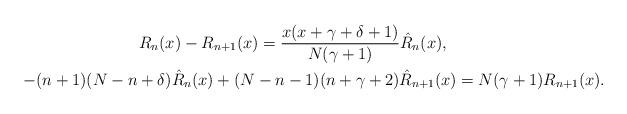
LaTeX: \begin{gather*} R_{n}(x)- R_{n+1}(x) = \frac{x(x+\gamma+\delta+1)}{N(\gamma+1)} \hat R_{n}(x), \\ -(n+1)(N-n+\delta) \hat R_{n}(x)+(N-n-1)(n+\gamma+2) \hat R_{n+1}(x) = N(\gamma+1)R_{n+1}(x).\end{gather*}